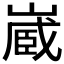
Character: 𭗉